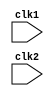
module pipe_MIPS32(clk1, clk2);
	input clk1, clk2;							//Two phase clock
	
	reg[31:0] PC, IF_ID_IR, IF_ID_NPC;										//Latches at IF ID Interface
	reg[31:0] ID_EX_IR, ID_EX_NPC, ID_EX_A, ID_EX_B, ID_EX_Imm;		//Latches at ID EX Interface
	reg[31:0] EX_MEM_IR, EX_MEM_ALUOut, EX_MEM_B;						//Latches at EX MEM Interface
	reg		 EX_MEM_cond;
	reg[31:0] MEM_WB_IR, MEM_WB_ALUOut, MEM_WB_LMD;						//Latches at MEM WB Interface
	
	reg[2:0]  ID_EX_type, EX_MEM_type, MEM_WB_type;						//Latch to store type of instruction
	
	reg[31:0] Reg [0:31]; 					// Register Bank (32x32)
	reg[31:0] Mem [0:1023];					// 1024 x 32 Memory
	
	parameter ADD = 6'b000000, SUB = 6'b000001, AND = 6'b000010, OR = 6'b000011,
				 SLT = 6'b000100, MUL = 6'b000101, HLT = 6'b111111, LW = 6'b001000, 
				 SW = 6'b001001, ADDI = 6'b001010, SUBI = 6'b001011, SLTI = 6'b001100,
				 BNEQZ = 6'b001101, BEQZ = 6'b001110;														// Opcodes
				 
	parameter RR_ALU = 3'b000, RM_ALU = 3'b001, LOAD = 3'b010, STORE = 3'b011,				
				 BRANCH = 3'b100, HALT = 3'b101;																// For type of operation
				 
	reg HALTED;											// Set after HLT instruction is completed (in WB stage)		
	reg TAKEN_BRANCH;									// Required to disable instructions after branch 
				 
				 
	// IF Stage
	
	always @(posedge clk1)
		if (HALTED == 0)								// If HALTED is set we don't fetch next instruction
		begin 
			if (((EX_MEM_IR[31:26] == BEQZ) && (EX_MEM_cond == 1)) ||
				 ((EX_MEM_IR[31:26] == BNEQZ) && (EX_MEM_cond == 0)))				//If branch condition is true
				begin
					IF_ID_IR 		<= #2 Mem[EX_MEM_ALUOut];
					//TAKEN_BRANCH 	<= #2 1'b1;						// This resolves issue of multiple assignment and also gives proper results (I don't know why?)
					IF_ID_NPC		<= #2 EX_MEM_ALUOut + 1;
					PC					<= #2 EX_MEM_ALUOut + 1;
				end
			else
				begin
					IF_ID_IR			<= #2 Mem[PC];
					IF_ID_NPC 		<=	#2 PC + 1;
					PC					<= #2 PC + 1;
				end
		end
		
	// ID Stage
	
	always @(posedge clk2)
		if (HALTED == 0)								// If HALTED is set no need
		begin
			if (IF_ID_IR[25:21] == 5'b00000)  ID_EX_A <= 0 ;			//In case of R0
			else ID_EX_A  <= #2 Reg[IF_ID_IR[25:21]];
			
			if (IF_ID_IR[20:16] == 5'b00000)  ID_EX_B <= 0 ;			//In case of R0
			else ID_EX_B  <= #2 Reg[IF_ID_IR[20:16]];
		
			ID_EX_NPC <= #2 IF_ID_NPC;
			ID_EX_IR  <= #2 IF_ID_IR;
			ID_EX_Imm <= #2 {{16{IF_ID_IR[15]}}, {IF_ID_IR[15:0]}};
			
			case (IF_ID_IR[31:26])
				ADD, SUB, AND, OR, SLT, MUL:    ID_EX_type   <=  #2 RR_ALU;
				ADDI, SUBI, SLTI:					  ID_EX_type   <=  #2 RM_ALU;
				LW:									  ID_EX_type   <=  #2 LOAD;
				SW: 									  ID_EX_type   <=  #2 STORE;
				BNEQZ, BEQZ:						  ID_EX_type   <=  #2 BRANCH;
				HLT:									  ID_EX_type   <=  #2 HALT;
				default:                        ID_EX_type   <=  #2 HALT;       // Represents invalid Opcode
			endcase
		end
		
	//EX Stage
	
	always @(posedge clk1)
	if (HALTED == 0)
	begin
		EX_MEM_type  <= #2 ID_EX_type;
		EX_MEM_IR	 <= #2 ID_EX_IR;
		TAKEN_BRANCH <= #2 1'b0;						  // Error mulitple assignment in same clock
		
		case (ID_EX_type)									  //Case for different type of instructions
			RR_ALU: begin
							case (ID_EX_IR[31:26])       //Case for various RR operations
								ADD:    EX_MEM_ALUOut <= #2 ID_EX_A + ID_EX_B;
								SUB:    EX_MEM_ALUOut <= #2 ID_EX_A - ID_EX_B;
								AND:    EX_MEM_ALUOut <= #2 ID_EX_A & ID_EX_B;
								OR:     EX_MEM_ALUOut <= #2 ID_EX_A | ID_EX_B;
								SLT:    EX_MEM_ALUOut <= #2 ID_EX_A < ID_EX_B;
								MUL:    EX_MEM_ALUOut <= #2 ID_EX_A * ID_EX_B;
								default:EX_MEM_ALUOut <= #2 32'hxxxxxxxx;
							endcase
					  end

			RM_ALU: begin
							case (ID_EX_IR[31:26])			//For various RM operations
								ADDI:   EX_MEM_ALUOut <= #2 ID_EX_A + ID_EX_Imm;
								SUBI:   EX_MEM_ALUOut <= #2 ID_EX_A - ID_EX_Imm;
								SLTI:   EX_MEM_ALUOut <= #2 ID_EX_A < ID_EX_Imm;
								default:EX_MEM_ALUOut <= #2 32'hxxxxxxxx;
							endcase
					  end
					  
			LOAD, STORE:
					  begin
										  EX_MEM_ALUOut <= #2 ID_EX_A + ID_EX_Imm;
										  EX_MEM_B      <= #2 ID_EX_B;
					  end
					  
			BRANCH: 
					  begin
										  EX_MEM_ALUOut <= #2 ID_EX_NPC + ID_EX_Imm;
										  EX_MEM_cond   <= #2 (ID_EX_A == 0);
					  end
		endcase
	end
	
	//MEM Stage
	always @(posedge clk2)
		if(HALTED == 0)
		begin
			MEM_WB_type <= #2 EX_MEM_type;
			MEM_WB_IR   <= #2 EX_MEM_IR;
			
			case (EX_MEM_type)
				RR_ALU, RM_ALU:
									MEM_WB_ALUOut  <= #2 EX_MEM_ALUOut;
				LOAD:
									MEM_WB_LMD		<= #2 Mem[EX_MEM_ALUOut];
				STORE:
									if (TAKEN_BRANCH == 0)     // Disable Write
										Mem[EX_MEM_ALUOut]   <= #2 EX_MEM_B;
			endcase
		end
		
	//WB Stage
	always @(posedge clk1)
		begin
			if (TAKEN_BRANCH == 0)						// Disable write if branch taken
				case (MEM_WB_type)
					RR_ALU:			Reg[MEM_WB_IR[15:11]]  <= #2 MEM_WB_ALUOut;		//rd
					
					RM_ALU:			Reg[MEM_WB_IR[20:16]]  <= #2 MEM_WB_ALUOut;		//rt
					
					LOAD:			   Reg[MEM_WB_IR[20:16]]  <= #2 MEM_WB_LMD;			//rt
					
					HALT:				HALTED <= #2 1'b1;
				endcase
		end
		
		
endmodule